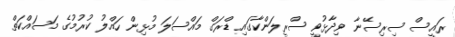
ރައީސް ސިރިސޭނާ ވިދާޅުވީ ސްރީލަންކާގައި ޑްރަގް މައްސަލަ މުޅިން ހައްލު ކުރުމުގެ މަސައްކަތް